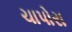
ચાપોરા